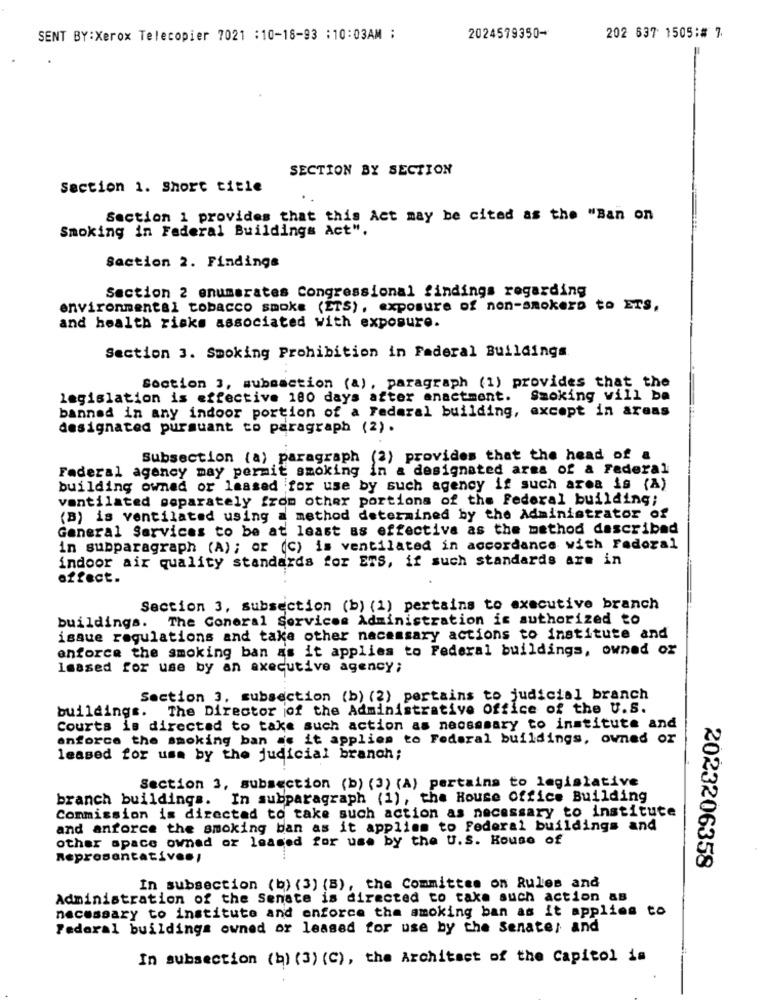
SENT BY:Xerox Telecopier 7021 :10-18-93 :10:03AM :
2024579350-
202 637 1505:# 7
SECTION BY SECTION
Section 1. Short title
Section 1 provides that this Act may be cited as the "Ban on
Smoking in Federal Buildings Act".
Saction 2. Findings
Section 2 enumerates Congressional findings regarding
environmental tobacco smoke (ETS), exposure of non-smokers to ETS,
and health risks associated with exposure.
Section 3. Smoking Prohibition in Federal Buildings
Section 3, subsection (a) , paragraph (1) provides that the
legislation is effective 180 days after enactment.
Smoking vill ba
banned in any indoor portion of a Federal building, except in areas
designated pursuant to paragraph (2).
Subsection (a) paragraph (2) provides that the head of a
Federal agency may permit smoking in a designated area of a Federal
building owned or leased for use by such agency if such area is (A)
ventilated separately from other portions of the federal building;
(B) is ventilated using a method determined by the Administrator of
General Services to be at least as effective as the method described
in subparagraph (A); or (C) is ventilated in accordance with Fedoral
indoor air quality standards for ETS, if such standards are in
effect.
Section 3, subsection (b) (1) pertains to executive branch
buildings. The Coneral Services Administration is authorized to
issue regulations and take other necessary actions to institute and
enforce the smoking ban as it applies to Federal buildings, owned or
leased for use by an axecutive agency;
Section 3. subsection (b) (2) pertains to judicial branch
buildings. The Director jof the Administrative Office of the U.S.
Courts is directed to take such action as necessary to institute and
enforce the smoking ban as it applies to Federal buildings, owned or
leased for use by the judicial branch;
Section 3, subsection (b) (3) (A) pertains to legislative
branch buildings. In subparagraph (1), the House Office Building
Commission is directed to take such action as necessary to institute
and anforce the smoking ban as it applies to Federal buildings and
other space owned or leased for use by the U.S. House of
Representatives,
2023206358
In subsection (b) (3) (B), the Committee on Rules and
Administration of the Senate is directed to take such action as
necessary to institute and enforce the smoking ban as it applies to
Federal buildings owned or leased for use by the Senater and
In subsection (b) (3) (C), the Architect of the Capitol is